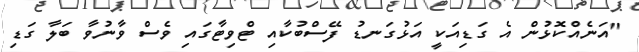
"އަނެއްކޮޅުން އެ ގަޑިއަކީ އަޅުގަނޑު ފޭސްބުކާއި ޓްވިޓާގައި ވެސް ވާނުވާ ބަލާ ގަޑި